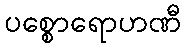
ပစ္စောရောဟဏီ